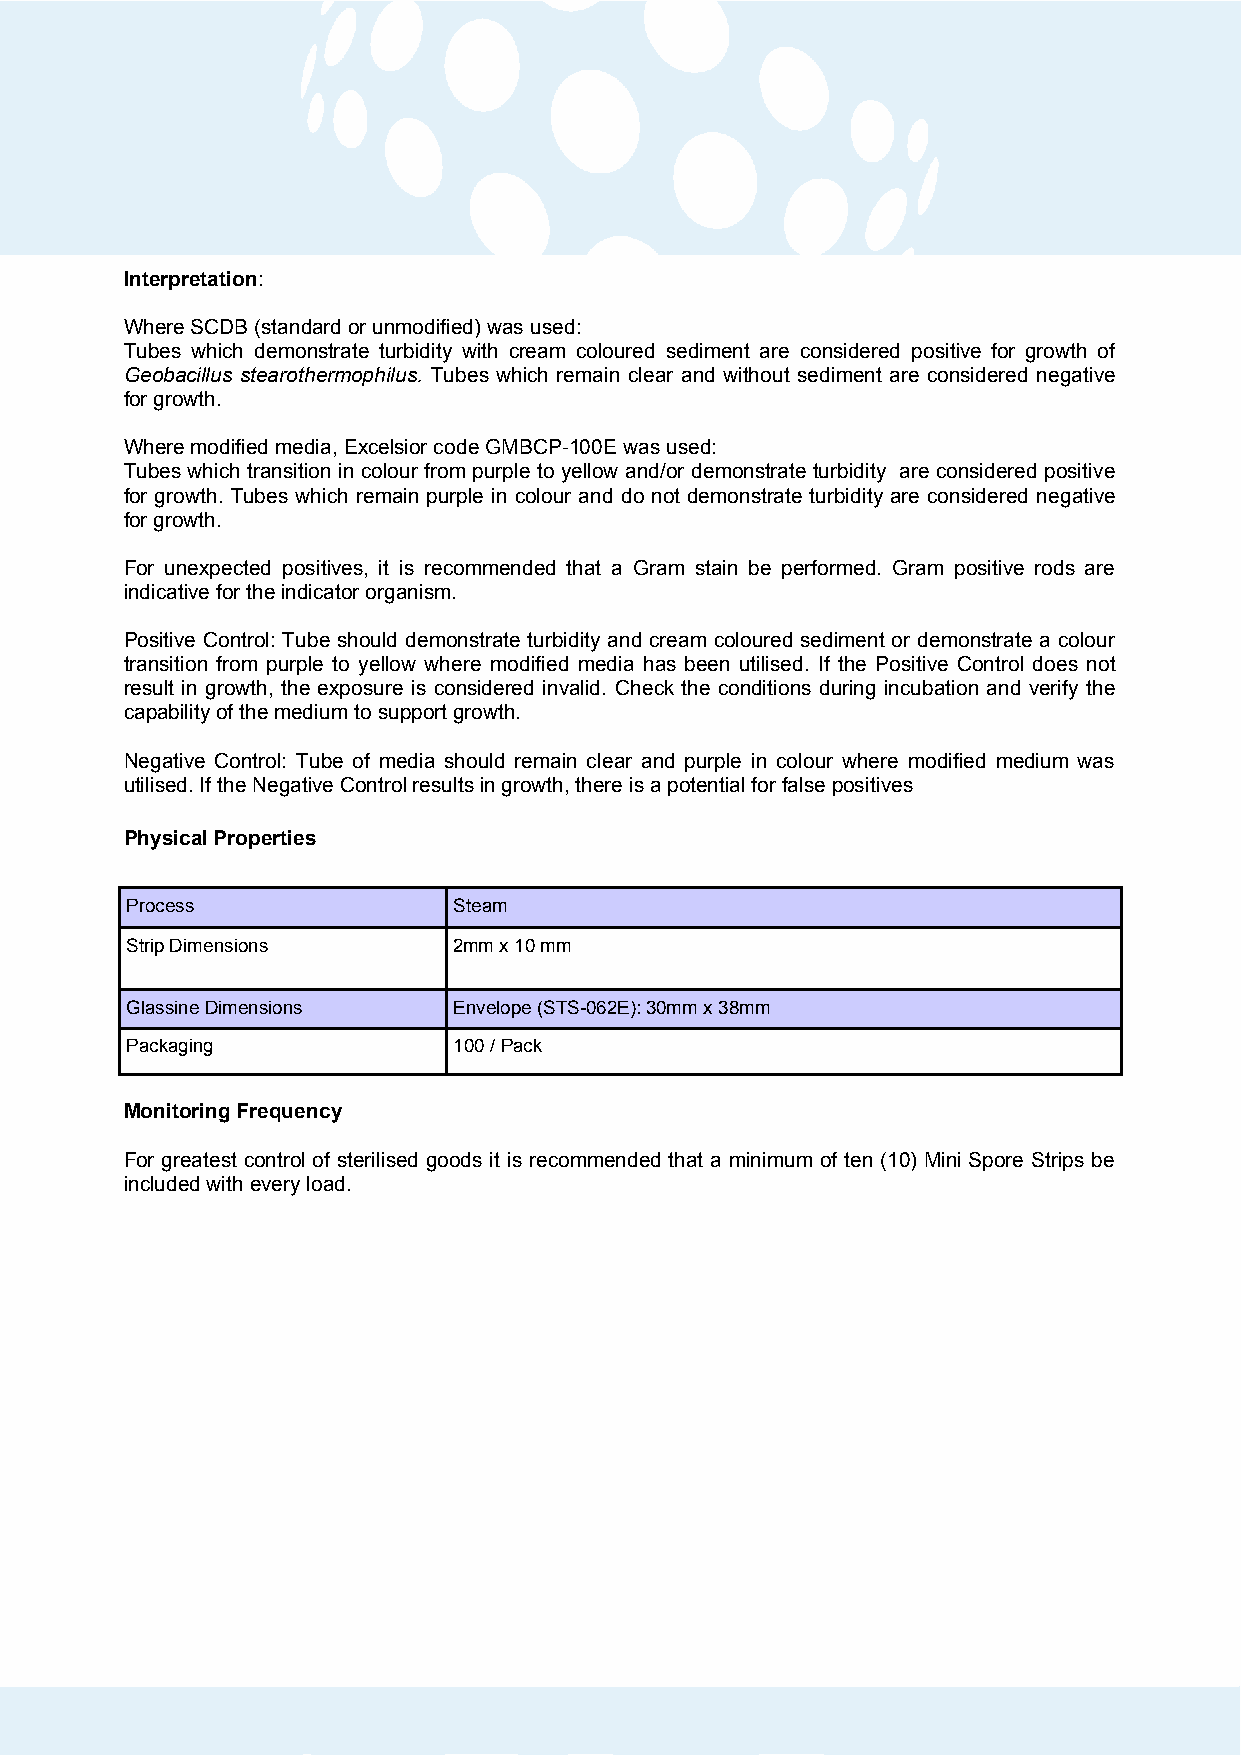
Interpretation:
 Where SCDB (standard or unmodified) was used:
 Tubes which demonstrate turbidity with cream coloured sediment are considered positive for growth of
 Geobacillus stearothermophilus. Tubes which remain clear and without sediment are considered negative
 for growth.
 Where modified media, Excelsior code GMBCP-100E was used:
 Tubes which transition in colour from purple to yellow and/or demonstrate turbidity are considered positive
 for growth. Tubes which remain purple in colour and do not demonstrate turbidity are considered negative
 for growth.
 For unexpected positives, it is recommended that a Gram stain be performed. Gram positive rods are
 indicative for the indicator organism.
 Positive Control: Tube should demonstrate turbidity and cream coloured sediment or demonstrate a colour
 transition from purple to yellow where modified media has been utilised. If the Positive Control does not
 result in growth, the exposure is considered invalid. Check the conditions during incubation and verify the
 capability of the medium to support growth.
 Negative Control: Tube of media should remain clear and purple in colour where modified medium was
 utilised. If the Negative Control results in growth, there is a potential for false positives
 Physical Properties
 Process               Steam
 Strip Dimensions      2mm x 10 mm
 Glassine Dimensions   Envelope (STS-062E): 30mm x 38mm
 Packaging             100 / Pack
 Monitoring Frequency
 For greatest control of sterilised goods it is recommended that a minimum of ten (10) Mini Spore Strips be
 included with every load.